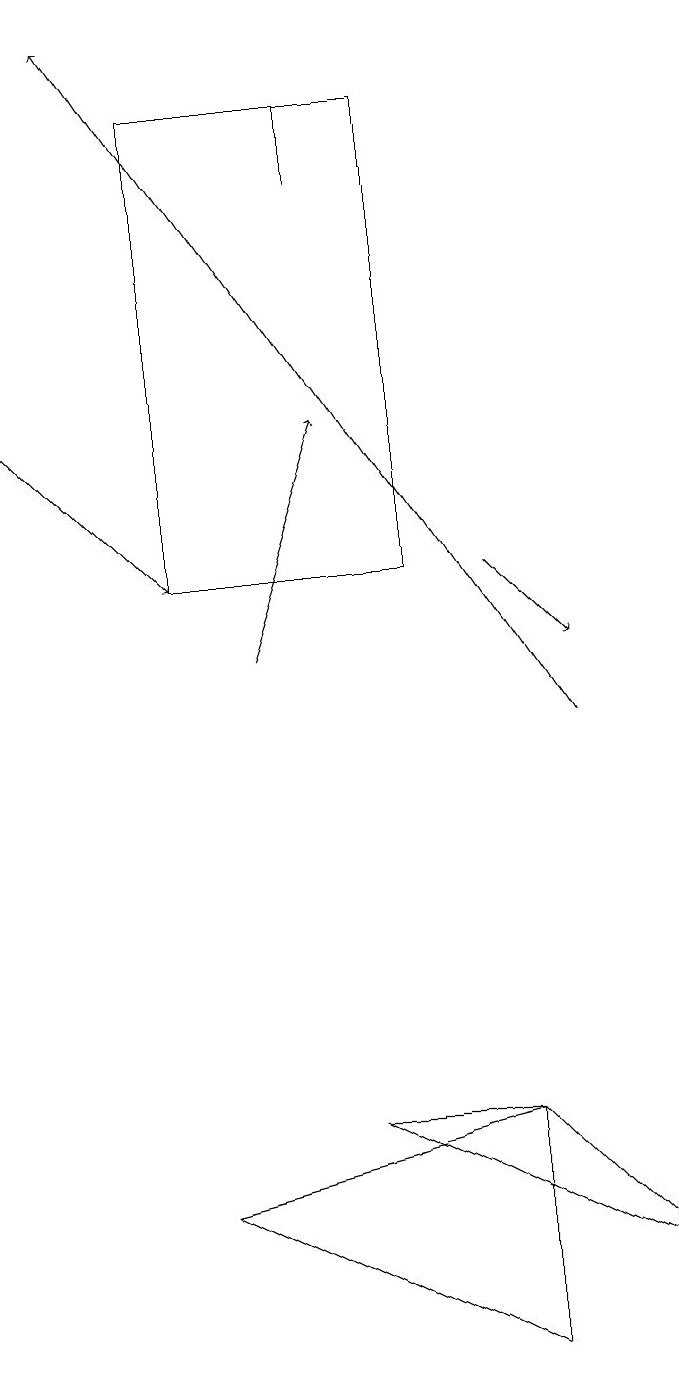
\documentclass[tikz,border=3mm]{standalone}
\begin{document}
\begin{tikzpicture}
\draw (3,4) -- (7,5) -- (7,2) -- cycle;
\draw[->] (4,11) -- (5,14);
\draw[->] (1,14) -- (3,12);
\draw[->] (7,12) -- (8,11);
\draw[->] (8,10) -- (2,19);
\draw (7,5) -- (5,5) -- (9,3) -- cycle;
\draw (5,18) rectangle (5,17);
\draw (3,18) rectangle (6,12);
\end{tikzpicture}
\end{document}